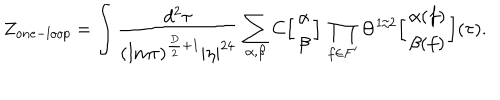
LaTeX: Z _ { o n e - l o o p } = \int { \frac { d ^ { 2 } \tau } { ( \mathrm { I m } \tau ) ^ { { \frac { D } { 2 } } + 1 } | \eta | ^ { 2 4 } } } \sum _ { \alpha , \beta } C \Big [ \begin{array} { c } { { \alpha } } \\ { { \beta } } \\ \end{array} \Big ] \, \prod _ { f \in F ^ { \prime } } \Theta ^ { 1 / 2 } \Big [ \begin{array} { c } { { \alpha ( f ) } } \\ { { \beta ( f ) } } \\ \end{array} \Big ] ( \tau ) .